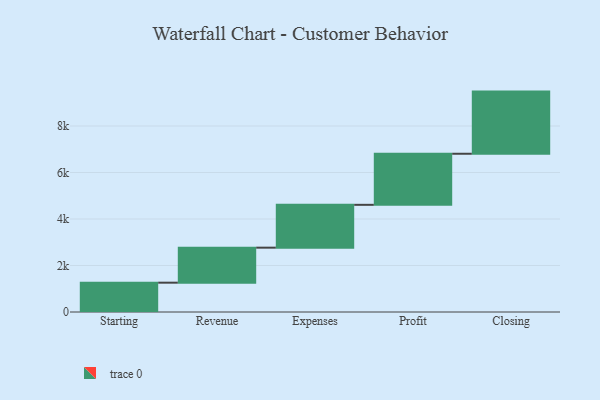
{"axis": {"x": "Step", "y": "Value"}, "legend": [""], "data": [{"x": "Starting", "y": 1261.0, "type": ""}, {"x": "Revenue", "y": 1506.0, "type": ""}, {"x": "Expenses", "y": 1842.0, "type": ""}, {"x": "Profit", "y": 2197.0, "type": ""}, {"x": "Closing", "y": 2673.0, "type": ""}]}